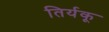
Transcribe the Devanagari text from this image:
तिर्यकू